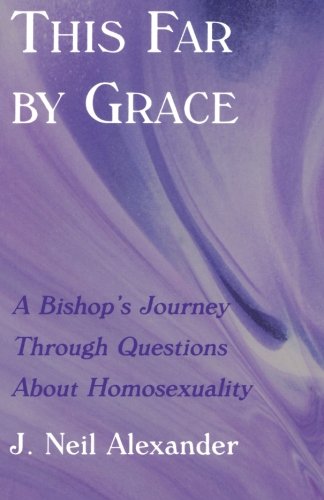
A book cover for This Far By Grace: A Bishop's Journey Through Questions About Homosexuality; J. Neil Alexander; Christian Books & Bibles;